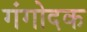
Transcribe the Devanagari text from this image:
गंगोदक